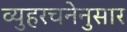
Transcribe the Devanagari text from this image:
व्युहरचनेनुसार